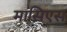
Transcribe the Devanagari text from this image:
मासिएस